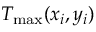
T _ { \mathrm { m a x } } ( x _ { i } , y _ { i } )